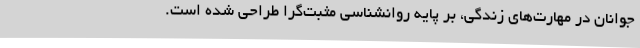
جوانان در مهارت‌های زندگی، بر پایه روانشناسی مثبت‌گرا طراحی شده است.